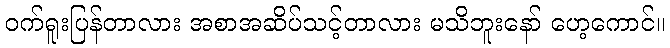
ဝက်ရူးပြန်တာလား အစာအဆိပ်သင့်တာလား မသိဘူးနော် ဟေ့ကောင်။